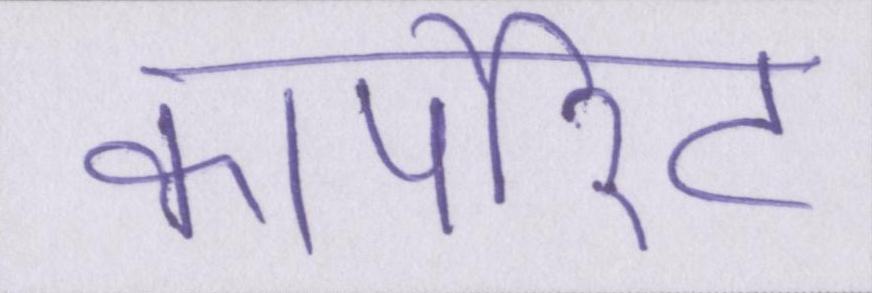
कॉर्पोरेट